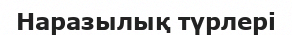
Наразылық түрлері